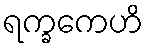
ရက္ခကေဟိ